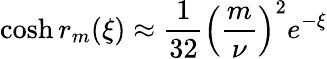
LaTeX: \cosh r_{m}(\xi)\approx\frac{1}{32}\left(\frac{m}{\nu}\right)^{2}e^{-\xi}